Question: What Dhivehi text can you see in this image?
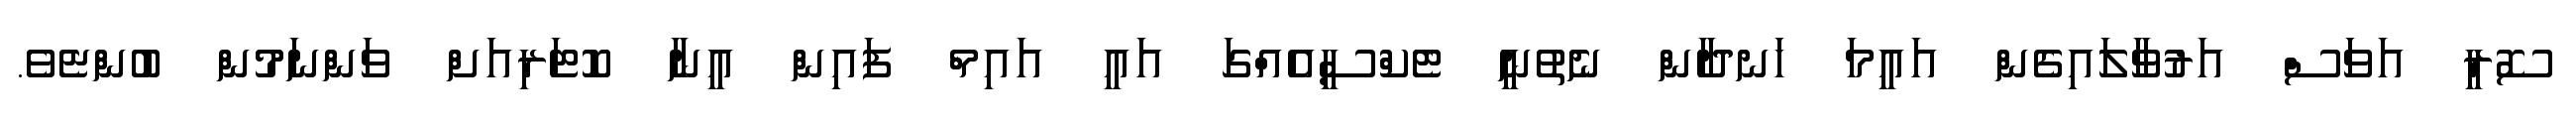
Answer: ސޮރީ އަވަސް އަރުވާލައިގެން އައީމަ ހަނދާން ނެތުނީ ޓެކްސީއެއްގަ އައީ އައިމް ފައިން އީނާ ކޮޓަރިއަށް ވަންނަމުން ބުންޏެވެ.